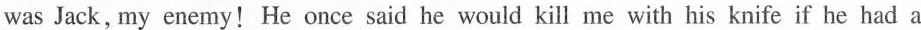
was Jack, my enemy! He once said he would kill me with his knife if he had a